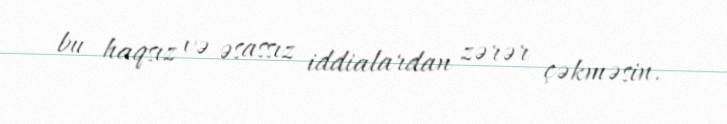
bu haqsız və əsassız iddialardan zərər çəkməsin.